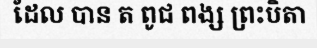
ដែល បាន ត ពូជ ពង្ស ព្រះបិតា